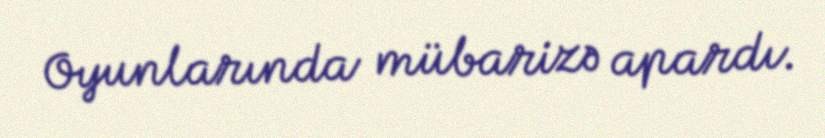
Oyunlarında mübarizə apardı.